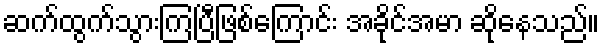
ဆက်ထွက်သွားကြပြီဖြစ်ကြောင်း အခိုင်အမာ ဆိုနေသည်။